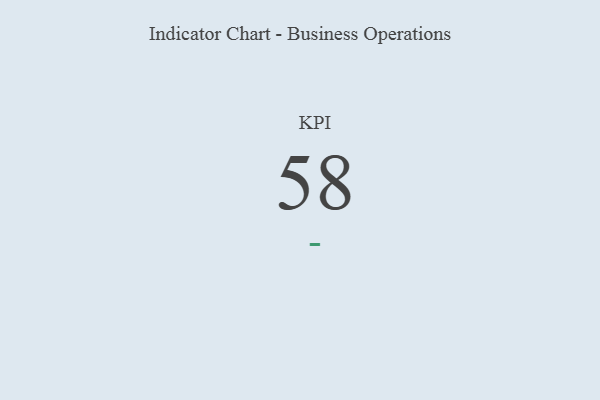
{"axis": {"x": "KPI", "y": "Value"}, "legend": [""], "data": [{"x": "KPI", "y": 58, "type": ""}]}